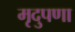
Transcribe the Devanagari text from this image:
मृदुपणा